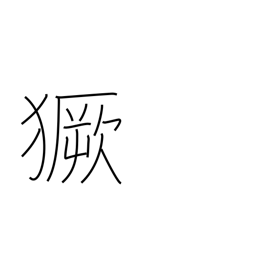
Meaning: storm around